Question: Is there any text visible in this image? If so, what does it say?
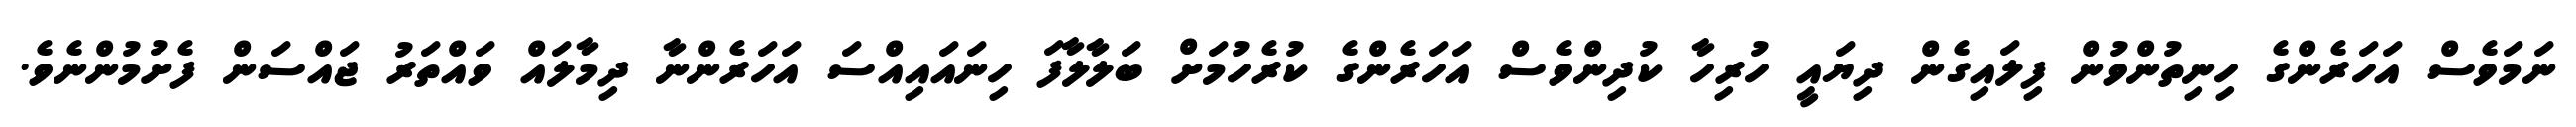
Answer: ނަމަވެސް އަހަރެންގެ ހިނިތުންވުން ފިލައިގެން ދިޔައީ ހުރިހާ ކުދިންވެސް އަހަރެންގެ ކުރެހުމަށް ބަލާލާފަ ހިނައައިއްސަ އަހަރެންނާ ދިމާލައް ވައްތަރު ޖައްސަން ފެށުމުންނެވެ.